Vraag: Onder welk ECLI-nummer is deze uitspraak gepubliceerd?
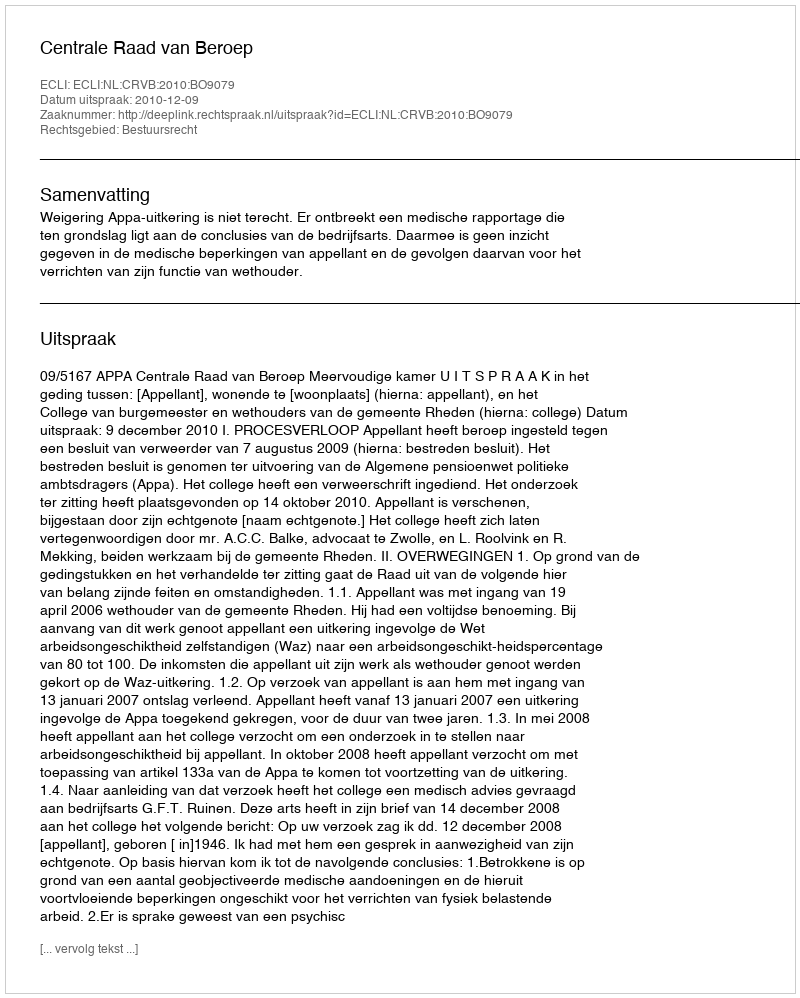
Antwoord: ECLI:NL:CRVB:2010:BO9079